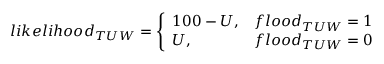
l i k e l i h o o d _ { T U W } = \left\{ \begin{array} { l l } { 1 0 0 - U , } & { f l o o d _ { T U W } = 1 } \\ { U , } & { f l o o d _ { T U W } = 0 } \end{array} \right.